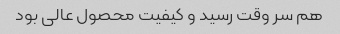
هم سر وقت رسید و کیفیت محصول عالی بود